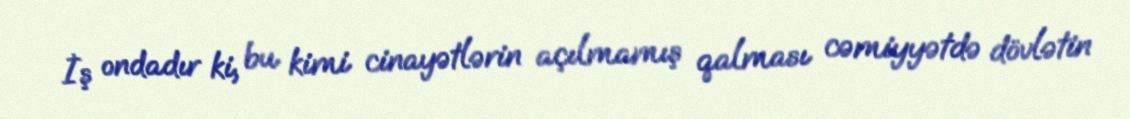
İş ondadır ki, bu kimi cinayətlərin açılmamış qalması cəmiyyətdə dövlətin